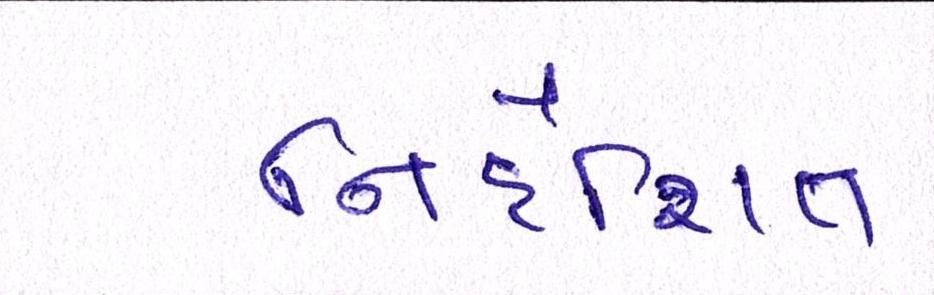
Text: નિર્દેશિત